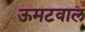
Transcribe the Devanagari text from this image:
ऊमटवाल